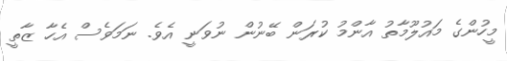
މީހުންގެ މައުލޫމާތު އާންމު ކުރަން ބޭނުން ނުވަނީ އެވެ. ނަމަވެސް އެހާ ޒާތީ